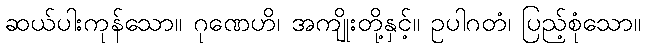
ဆယ်ပါးကုန်သော။ ဂုဏေဟိ၊ အကျိုးတို့နှင့်။ ဥပါဂတံ၊ ပြည့်စုံသော။